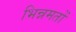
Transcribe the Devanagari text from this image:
भिन्नमतों